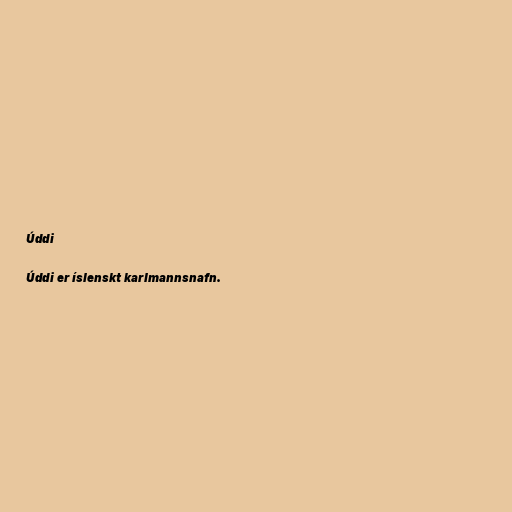
Úddi

Úddi er íslenskt karlmannsnafn.